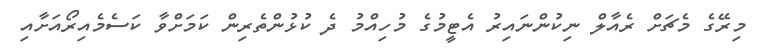
މިރޭގެ މެޗަށް ރެއާލް ނިކުންނައިރު އެޓީމުގެ މުހިއްމު ދެ ކުޅުންތެރިން ކަމަށްވާ ކަސެމެއިރޯއަށާއި